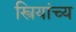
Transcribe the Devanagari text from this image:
स्त्रियांच्य